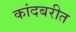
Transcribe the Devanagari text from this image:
कांदबरीत